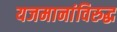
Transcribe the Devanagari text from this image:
यजमानांविरुद्ध